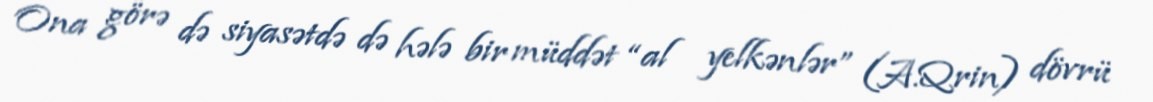
Ona görə də siyasətdə də hələ bir müddət “al yelkənlər” (A.Qrin) dövrü